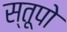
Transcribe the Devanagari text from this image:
स्‍तूपो